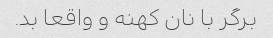
برگر با نان کهنه و واقعا بد.